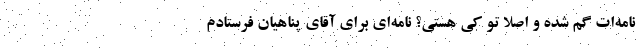
نامه‌ات گم شده و اصلا تو کی هستی؟ نامه‌ای برای آقای پناهیان فرستادم